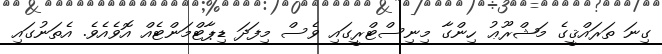
ގިނަ ތަރައްޤީގެ މަޝްރޫޢު ހިންގާ މިނިސްޓްރީގައި ވެސް މިފަދަ ޑިޕާޓްމަންޓެއް އޮވެއެވެ. އެތަނުގައި